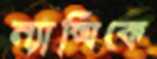
ন্যান্সিকে